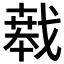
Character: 𱟝